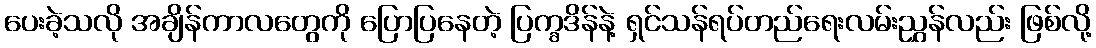
ပေးခဲ့သလို အချိန်ကာလတွေကို ပြောပြနေတဲ့ ပြက္ခဒိန်နဲ့ ရှင်သန်ရပ်တည်ရေးလမ်းညွှန်လည်း ဖြစ်လို့